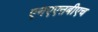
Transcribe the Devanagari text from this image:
एनएएऩबीएच